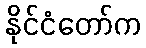
နိုင်ငံတော်က